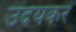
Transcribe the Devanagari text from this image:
उदयकर